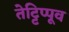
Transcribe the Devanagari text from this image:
तेट्टिप्पूव